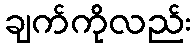
ချက်ကိုလည်း